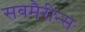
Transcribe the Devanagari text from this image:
सबमैरीन्स